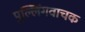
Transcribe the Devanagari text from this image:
पुल्लिंगवाचक